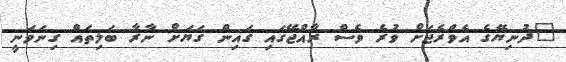
"ދުނިޔޭގެ އެވްރެޖަށް ވުރެ ވެސް ރާއްޖޭގައި ގައިން ގަޔަށް ނާރާ ބަލިތައް ގިނަވަނީ